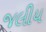
જલીય